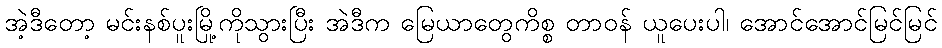
အဲ့ဒီတော့ မင်းနစ်ပူးမြို့ကိုသွားပြီး အဲဒီက မြေယာတွေကိစ္စ တာဝန် ယူပေးပါ၊ အောင်အောင်မြင်မြင်